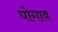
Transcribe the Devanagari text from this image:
घोगाव